Supplement to the account of plague administration in the Bombay Presidency from September 1896 till May 1897
Year: 1896
Disease focus: Plague
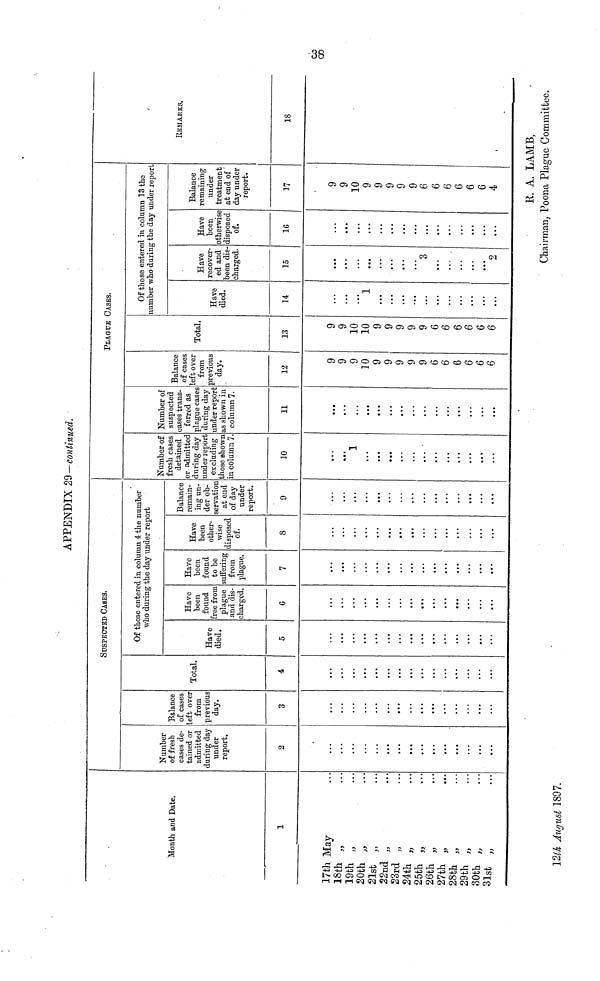
APPENDIX 29-continued.
Month and Date.
1
17th May
18th „
19th „
20th „
21st „
22nd „
23rd „
24th „
25th „
26th „
27th „
28th „
29th „
30th „
31st „
12th August 1897.
Number
of fresh
cases de-
tained or
admitted
during day
under
report.
2
• • •
• • •
...
• • •
...
...
• • •
• • •
...
• • •
• ••
Balance
of cases
Left over
from
previous
day.
3
• • •
SUSPECTED CASES.
Total.
4
...
Of those entered in column 4 the number
who during the day under report
Have
died.
5
...
...
Have
been
found
free from
plague
and dis-
charged.
6
...
Have
been
found
to be
suffering
from
plague.
7
...
...
...
Have
been
other-
wise
disposed
of.
8
...
...
...
...
...
Balance
remain-
ing un-
der ob-
servation
at end
of day
under
report.
9
...
...
...
...
...
Number of
fresh cases
detained
or admitted
during day
under report
excluding
those shown
in column 7.
10
...
1
...
...
...
...
...
...
...
• • •
...
• • •
...
PLAGUE CASES.
Number of
suspected
cases trans-
ferred as
plague cases
during day
under report
as shown in
column 7.
11
...
• • •
...
• • •
...
• • •
...
...
...
...
...
...
...
...
Balance
of cases
left over
from
previous
day.
12
9
9
9
10
9
9
9
9
9
6
6
6
6
6
6
Total.
13
9
9
10
10
9
9
9
9
9
6
6
6
6
6
6
Of those entered in column 13 the
number who during the day under report
Have
died.
14
...
• • •
1
...
...
...
...
• • •
...
...
...
• • •
...
...
Have
recover-
ed and
been dis-
charged.
15
...
...
...
...
...
...
...
...
3
...
...
...
...
...
2
Have
been
otherwise
disposed
of.
16
...
...
...
...
...
...
...
...
...
...
...
...
...
...
Balance
remaining
under
treatment
at end of
day under
report.
17
9
9
10
9
9
9
9
9
6
6
6
6
6
6
4
REMARKS.
18
89
R. A. LAMB,
Chairman, Poona Plague Committeo.